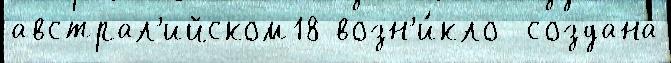
австрал'ийском18 возн'и́кло  создана